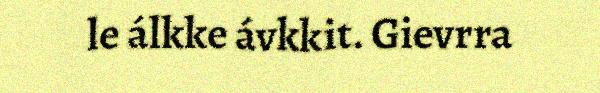
le álkke ávkkit. Gievrra